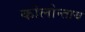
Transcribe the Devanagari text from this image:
कोलोन्ताय